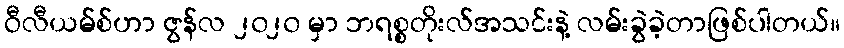
ဝီလီယမ်စ်ဟာ ဇွန်လ ၂၀၂၀ မှာ ဘရစ္စတိုးလ်အသင်းနဲ့ လမ်းခွဲခဲ့တာဖြစ်ပါတယ်။